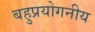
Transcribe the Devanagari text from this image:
बहुप्रयोगनीय